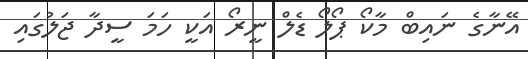
އޭނާގެ ނައިބް މާކޯ ޕޯލޯ ޑެލް ނީރޯ އަކީ ހަމަ ސީދާ ޖަލުގައި